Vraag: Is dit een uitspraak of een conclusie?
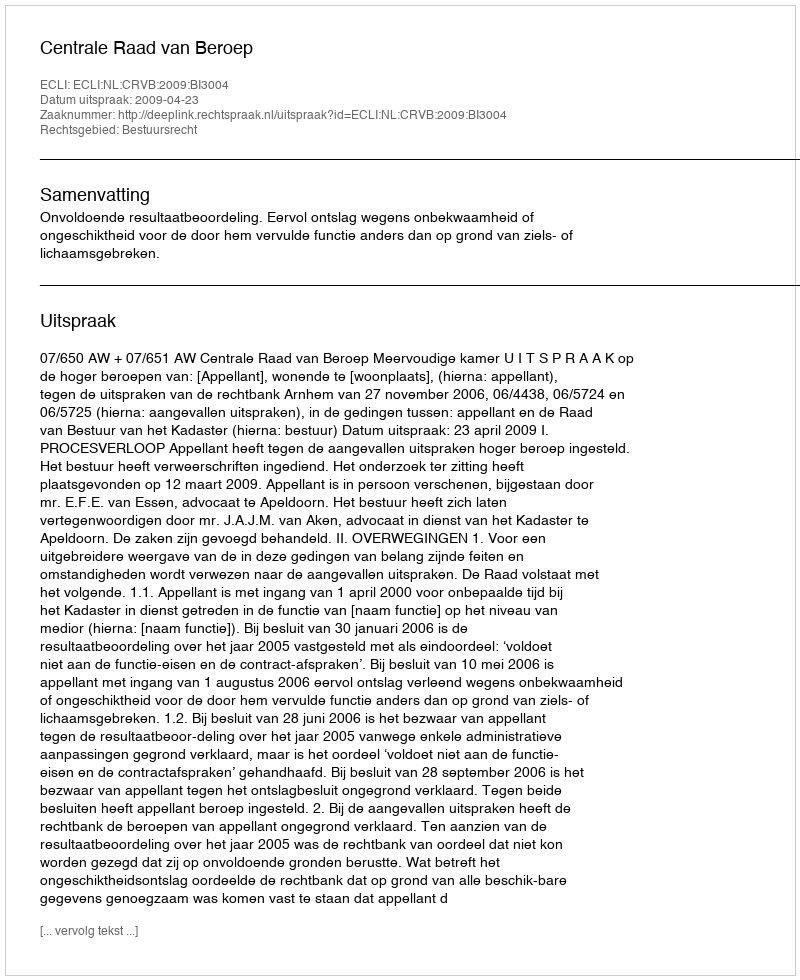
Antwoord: Uitspraak